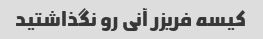
کیسه فریزر آنی رو نگذاشتید